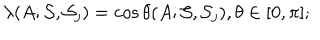
LaTeX: \lambda ( A ; { \cal S } , { \cal S } _ { j } ) = \cos \theta ( A ; { \cal S } , { \cal S } _ { j } ) , \theta \in [ 0 , \pi ] ;